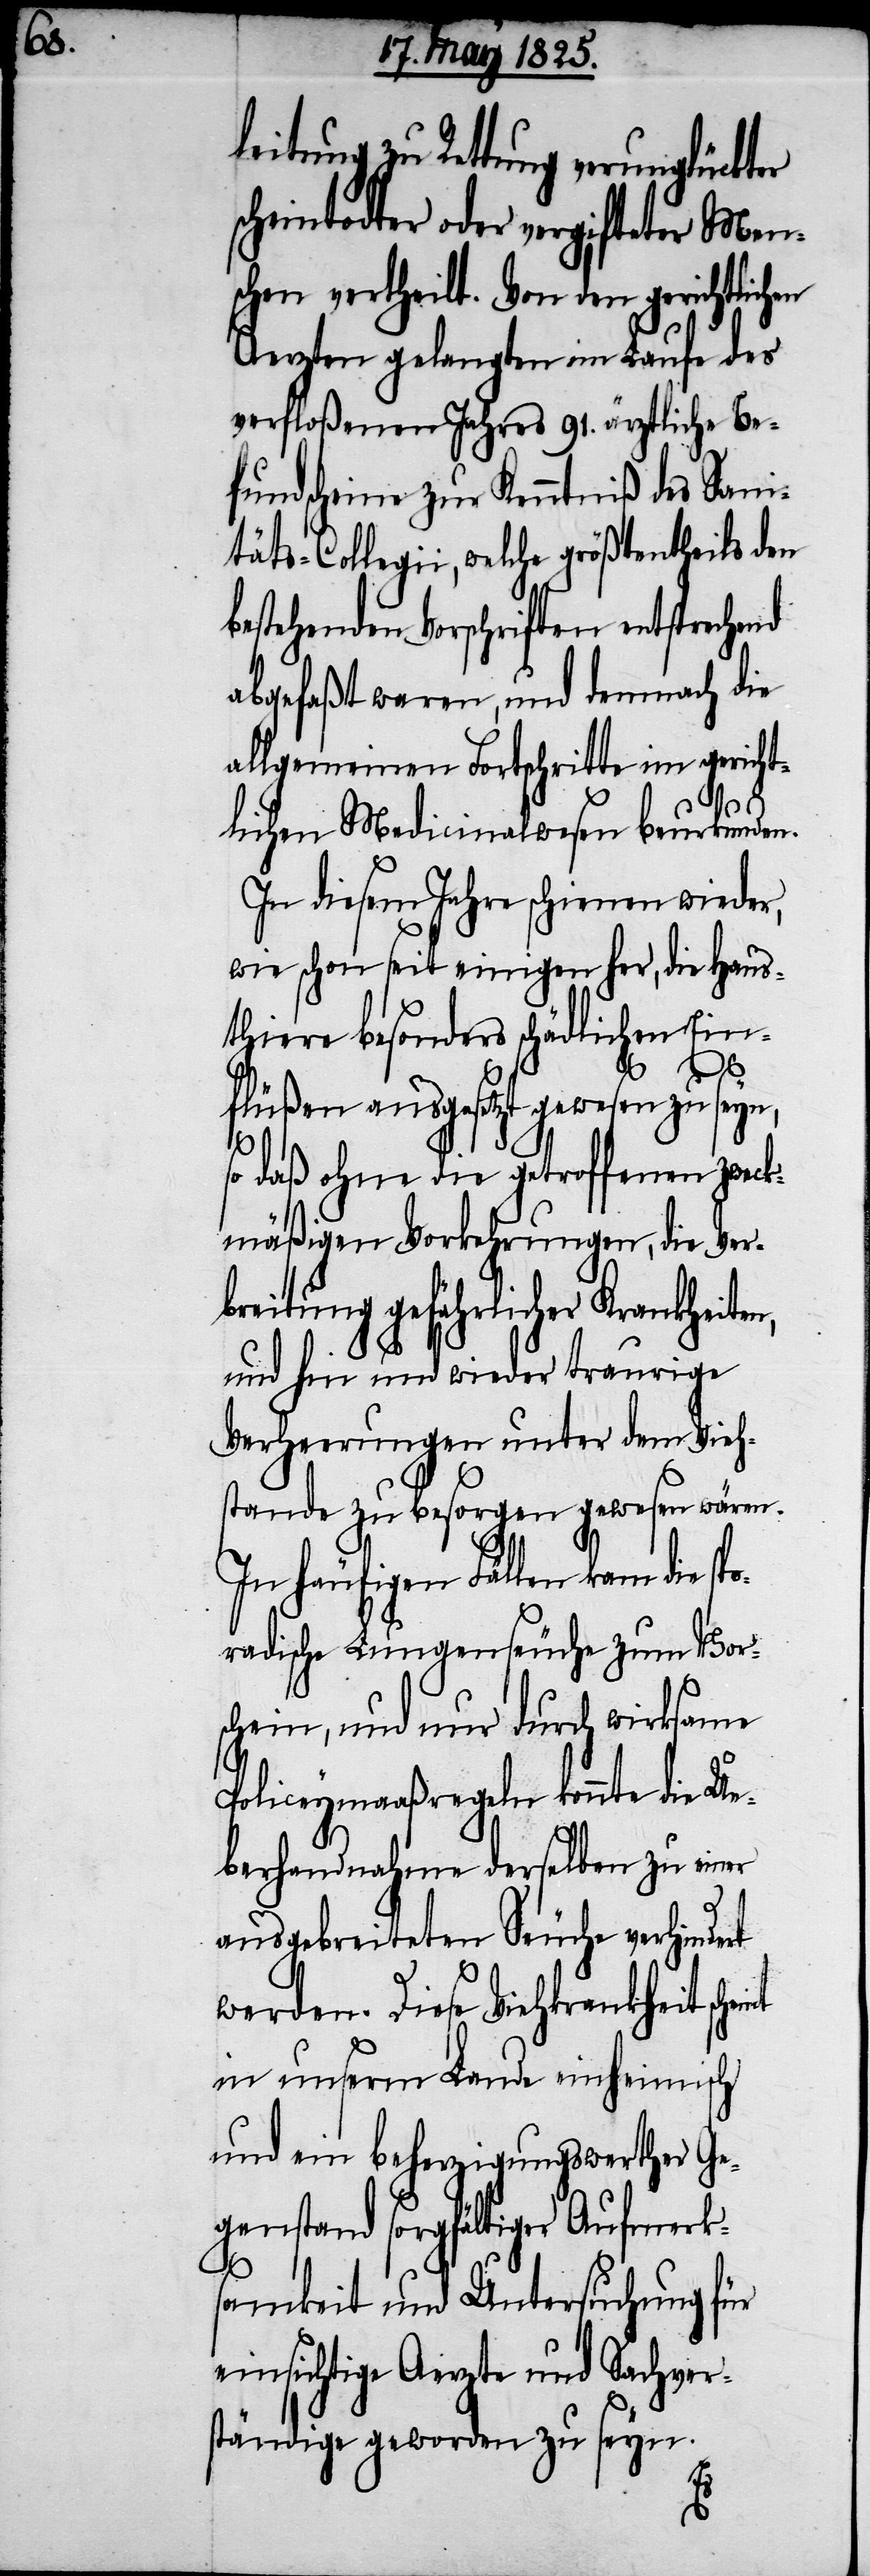
po¬

leitung zu Rettung verunglückter
scheintodter oder vergifteter Men¬
schen ertheilt. Von den gerichtlichen
Aerzten gelangten im Laufe des
verfloßenen Jahres 91. ärztliche Be¬
fundscheine zur Kenntniß des Sani¬
täts-Collegii, welche größtentheils den
estehenden Vorschriften entsprechend
abgefaßt waren, und demnach die
allgemeinen Fortschritte im gericht¬
lichen Medicinalwesen beurkunden.
In diesem Jahre schienen wieder,
wie schon seit einigen her, die Haus¬
thiere besonders schädlichen Ein¬
flüßen ausgesetzt gewesen zu seyn,
so daß ohne die getroffenen zwec¬
kmäßigen Vorkehrungen, die Ver¬
breitung gefährlicher Krankheite¬
und hin und wieder traurige
Verheerungen unter dem Vieh¬
stande zu besorgen gewesen wären.
In häufigen Fällen kam die s¬
radischen Lungenseuche zum Vor¬
schein, und nur durch wirksame
Policeymaßregeln konnte die Ue¬
berhandnahme derselben zu einer
ausgebreiteten Seuche verhindert
werden. Diese Viehkrankheit scheint
in unserm Lande einheimisch
und ein beherzigungswerther Ge¬
genstand sorgfältiger Aufmerk¬
samkeit und Untersuchung für
einsichtige Aerzte und Sachver¬
ständige geworden zu seyn.
n,